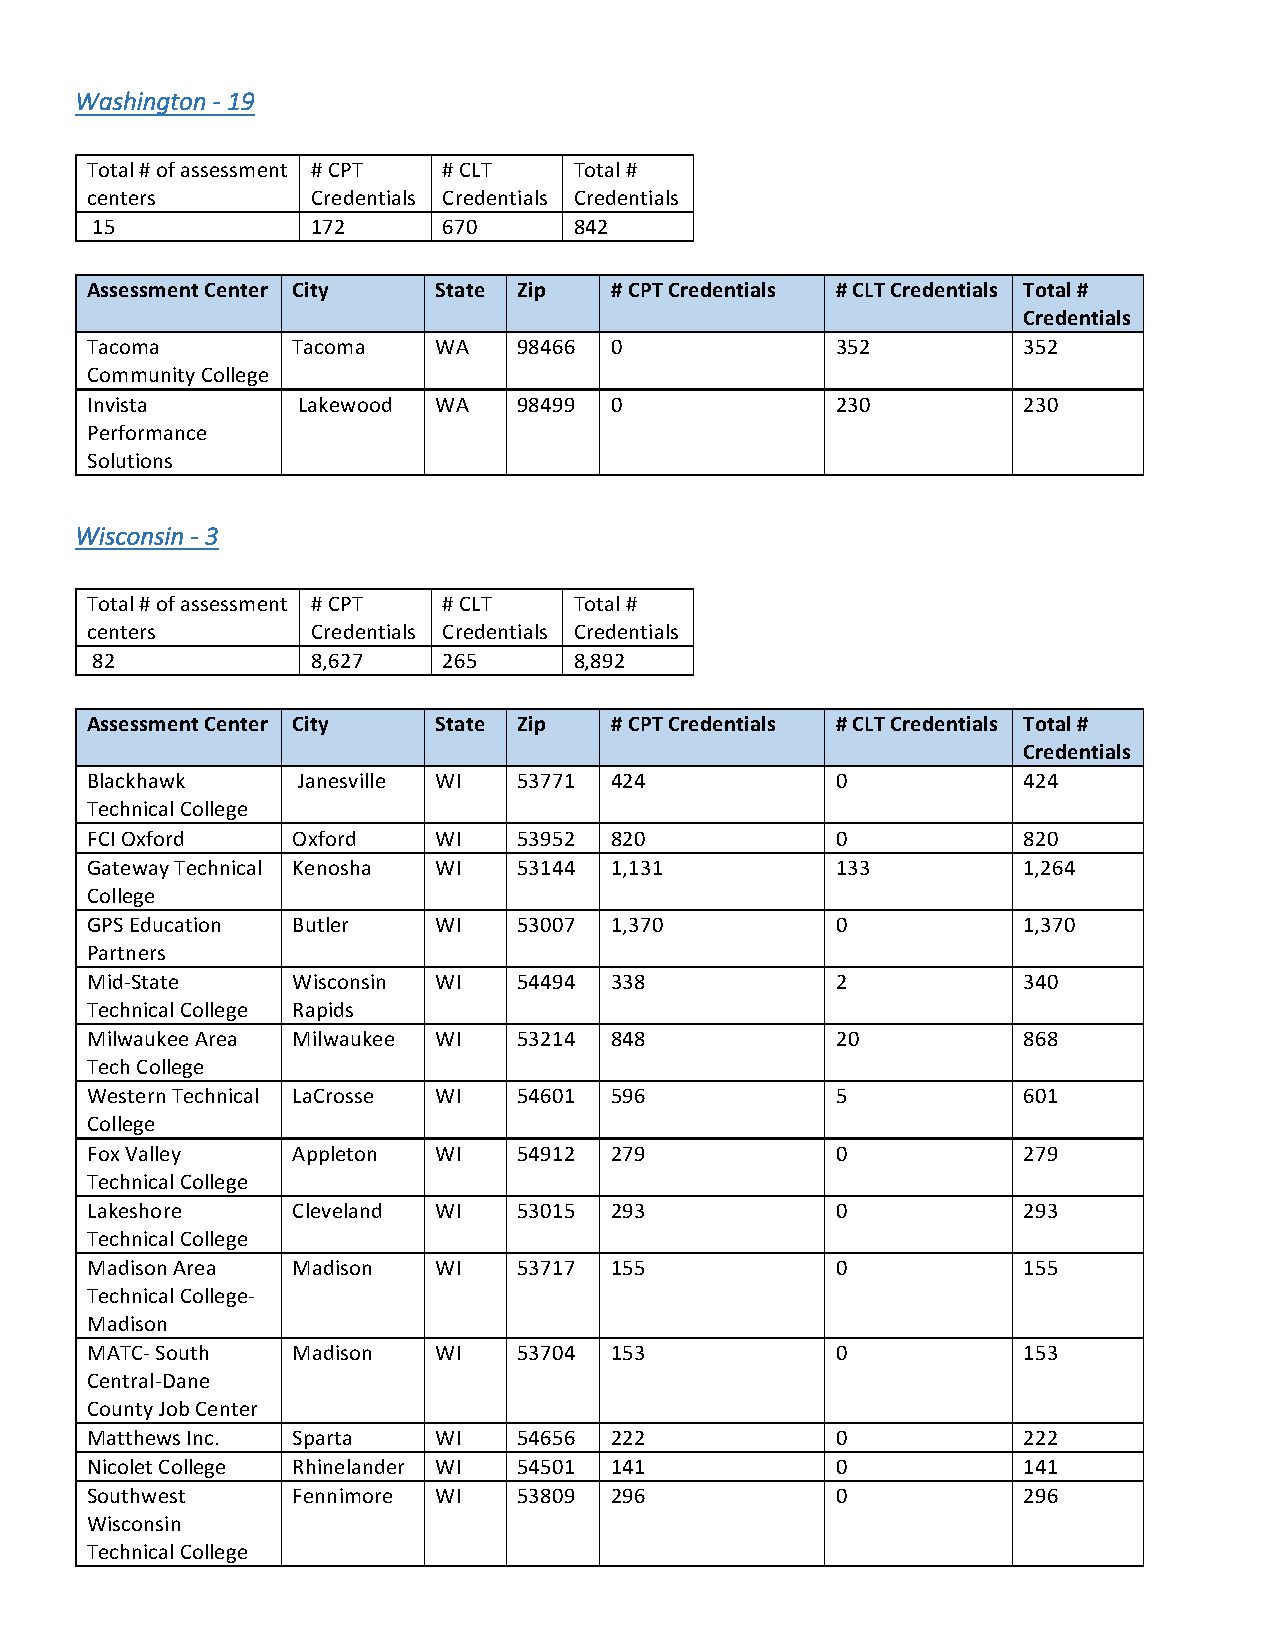
Washington - 19
 Total # of assessment # CPT # CLT Total #
 centers        Credentials Credentials Credentials
 15             172     670      842
 Assessment Center City State Zip  # CPT Credentials # CLT Credentials Total #
 Credentials
 Tacoma       Tacoma    WA   98466 0              352          352
 Community College
 Invista       Lakewood WA   98499 0              230          230
 Performance
 Solutions
 Wisconsin - 3
 Total # of assessment # CPT # CLT Total #
 centers        Credentials Credentials Credentials
 82             8,627   265      8,892
 Assessment Center City State Zip  # CPT Credentials # CLT Credentials Total #
 Credentials
 Blackhawk     Janesville WI 53771 424            0            424
 Technical College
 FCI Oxford   Oxford    WI   53952 820            0            820
 Gateway Technical Kenosha WI 53144 1,131         133          1,264
 College
 GPS Education Butler   WI   53007 1,370          0            1,370
 Partners
 Mid-State    Wisconsin WI   54494 338            2            340
 Technical College Rapids
 Milwaukee Area Milwaukee WI 53214 848            20           868
 Tech College
 Western Technical LaCrosse WI 54601 596          5            601
 College
 Fox Valley   Appleton  WI   54912 279            0            279
 Technical College
 Lakeshore    Cleveland WI   53015 293            0            293
 Technical College
 Madison Area Madison   WI   53717 155            0            155
 Technical College-
 Madison
 MATC- South  Madison   WI   53704 153            0            153
 Central-Dane
 County Job Center
 Matthews Inc. Sparta   WI   54656 222            0            222
 Nicolet College Rhinelander WI 54501 141         0            141
 Southwest    Fennimore WI   53809 296            0            296
 Wisconsin
 Technical College